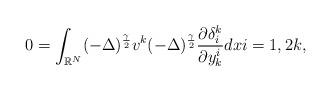
LaTeX: \begin{align*}0 = \displaystyle\int_{\mathbb{R}^N}(- \Delta)^{\frac{\gamma}{2}}v^k(- \Delta)^{\frac{\gamma}{2}} \frac{\partial\delta_{i}^k}{\partial y_{k}^i}dx i = 1, 2 k,\end{align*}